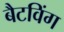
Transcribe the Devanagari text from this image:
बैटविंग